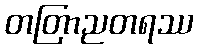
တတြာညတရဿ